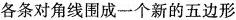
各条对角线围成一个新的五边形